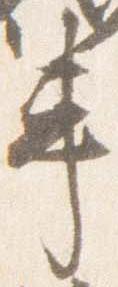
車